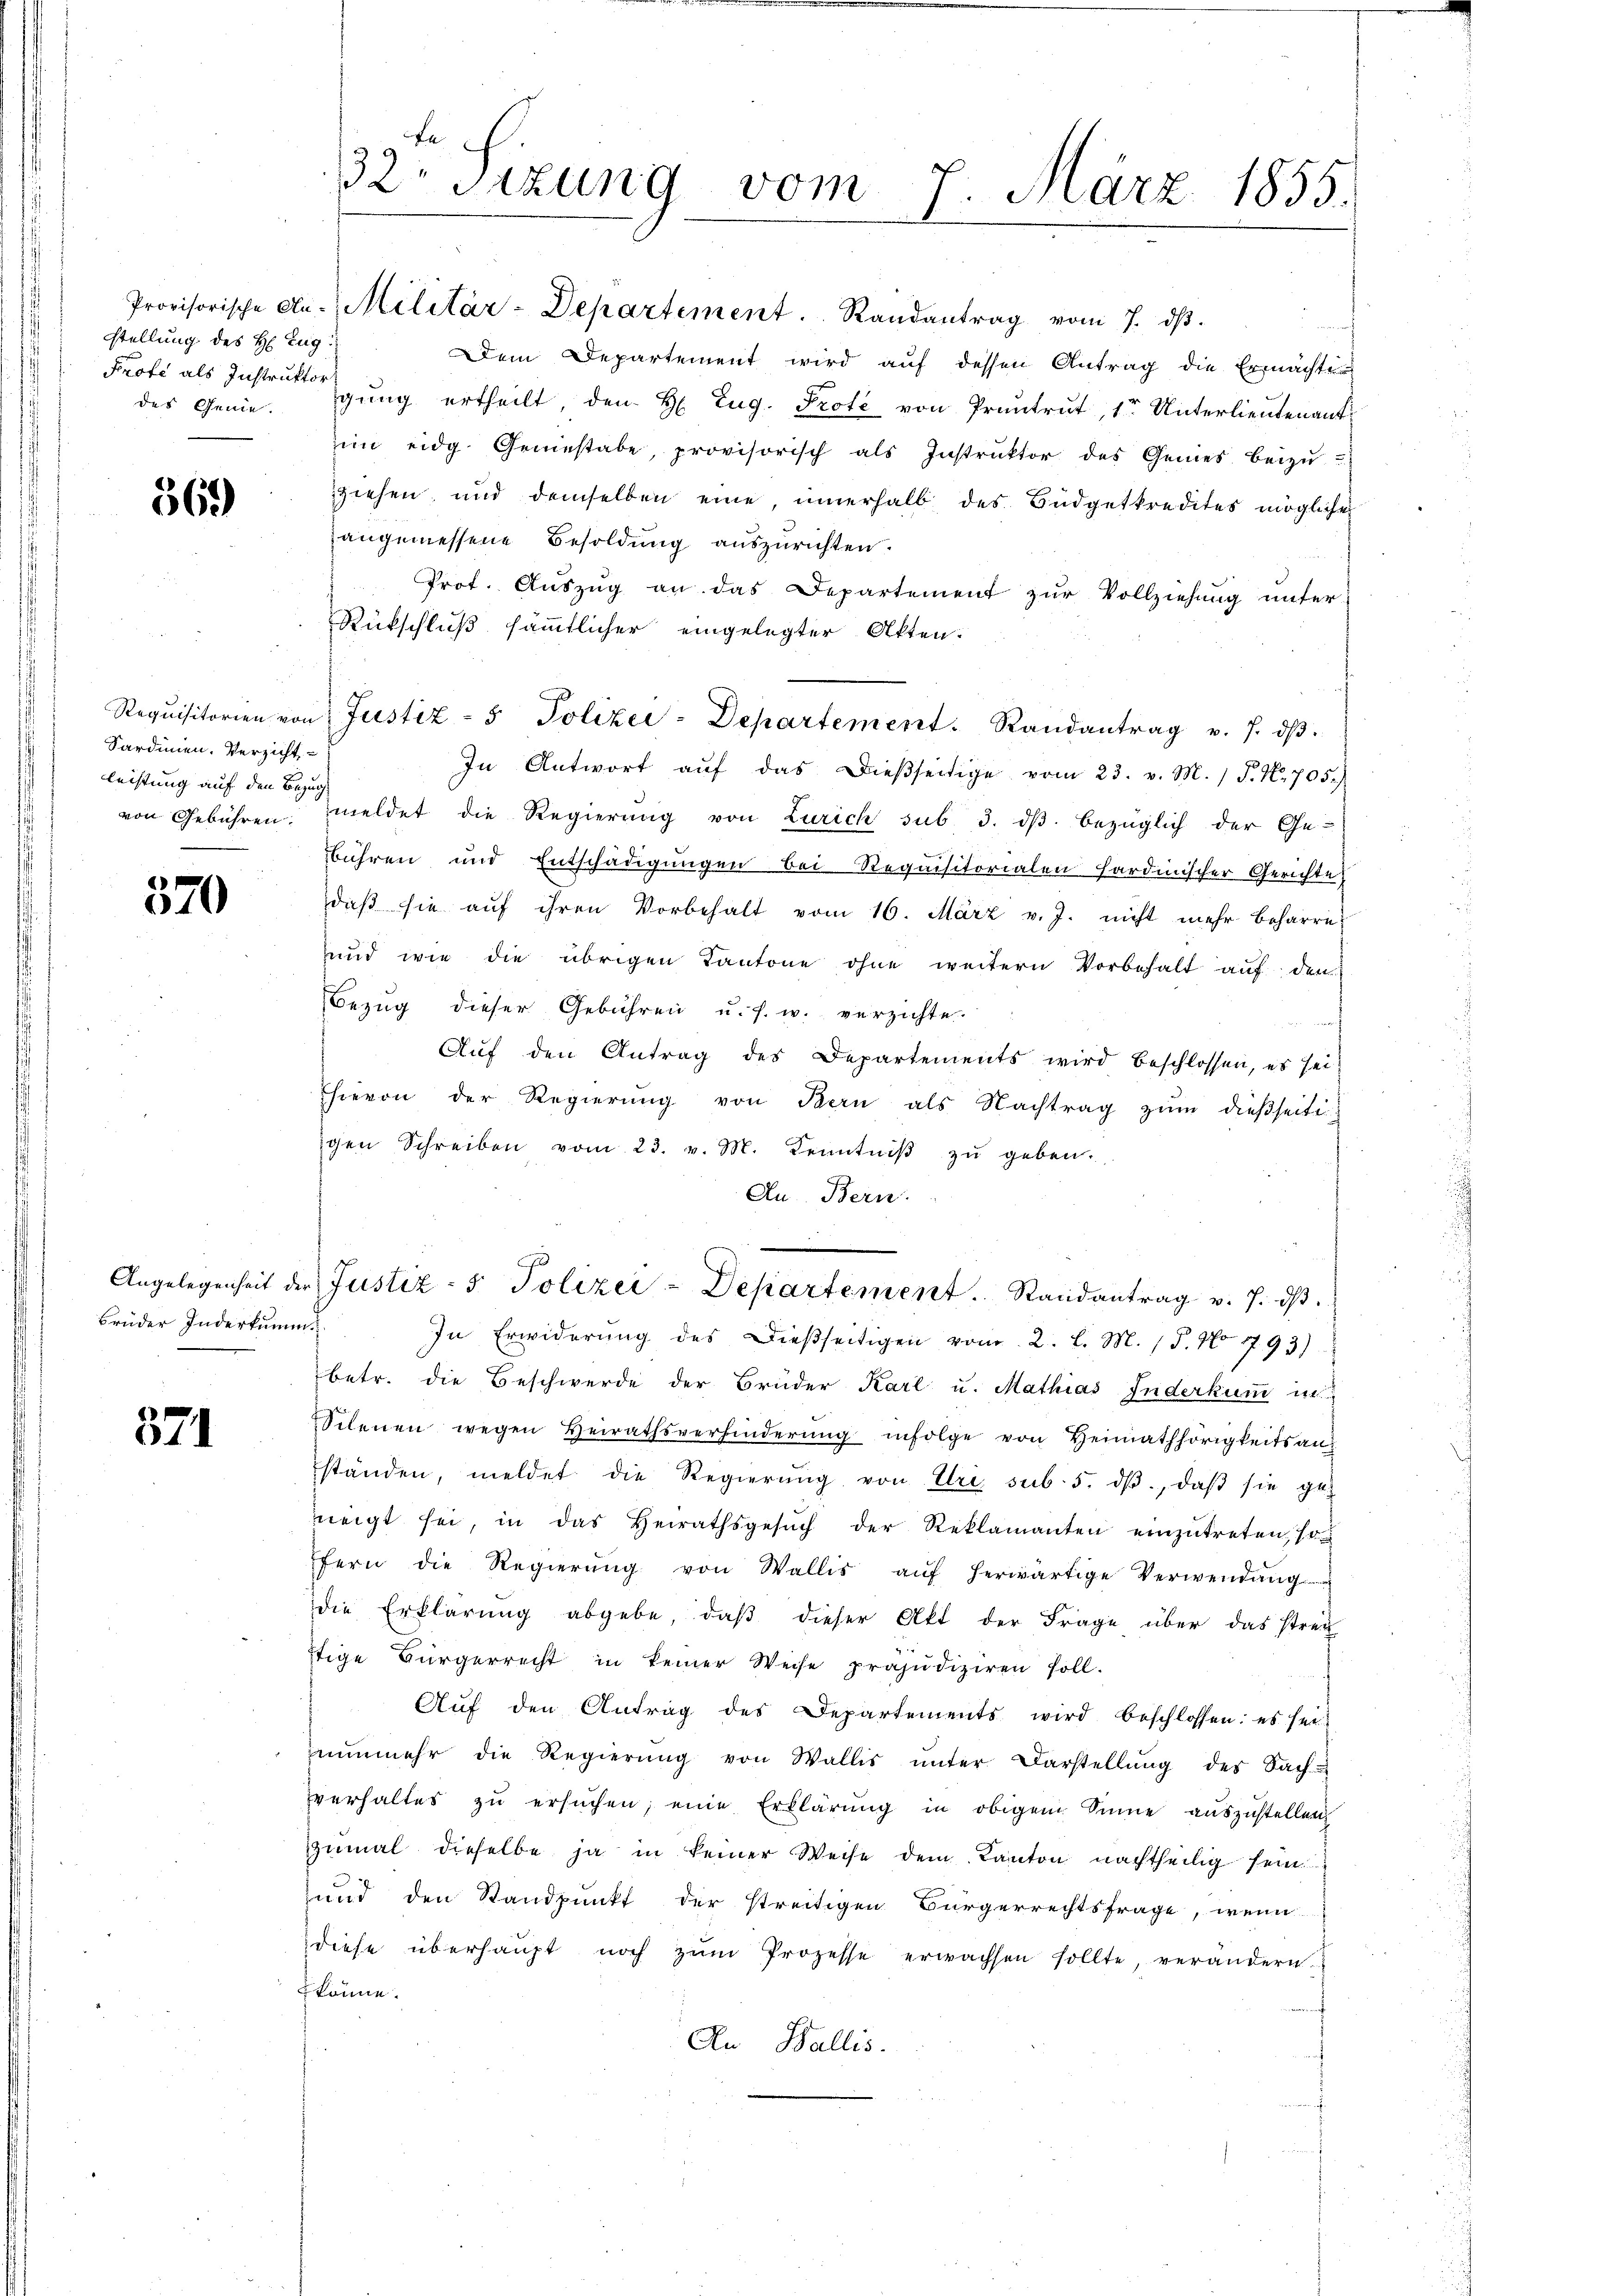
stellung des H. Zug
Profe als Instruktor

569

Sardinien. Verzicht
leistung auf den Bezug

520

Brüder Inderkumm

371

Le
32 sizung vom 7. März 1855.
.

Dem Departement wird auf dessen Antrag die Ermächtes
des Genie.gŭng ertheilt den H. Zug. Prote von Praŭtrŭt, 1r Unterlieŭtenant
im eidg. Geniestabe, provisorisch als Instruktor des Genies beizŭ
ziehen, und demselben eine, innerhalb des Büdgetkredites mögliche
angemessene Besoldung auszurichten.
Prot. Auszug an das Departement zur Vollziehung unter
Rückschluß sämmtlicher eingelegter Akten.
In Antwort aŭf das dießseitige vom 23. v. M. / P. Nr. 705.)
von Gebühren, meldet die Regierŭng von Zürich sub 3. dβ bezüglich der Ge-
bühren und Entschädigungen bei Requisitorialen hardinischer Gerichte
daβ sie auf ihren Vorbehalt vom 16. März v. J. nicht mehr beharre
und wie die übrigen Kantone ohne weitern Vorbehalt auf den
Bezŭg dieser Gebühren u. s. w. verzichte.
Aŭf den Antrag des Departements wird beschlossen, es sei
hievon der Regierung von Bern als Nachtrag zum dießseiti-
igen Schreiben vom 23. v. M. Kenntniβ zŭ geben.
Au Bern.
Angelegenheit der Justiz- & Polizei-Departement. Randantrag v. 7. dβ.
In Erwiderŭng des Dieβseitigen vom 2. l. M. / 5. No 793)
betr. die Beschwerde der Brüder Karl u. Mathias Inderkum in
Selenen wegen Heirathsverhinderŭng infolge von Heimathörigkeitsan-
ständen, meldet die Regierŭng von Uri sub. 5. dβ, daβ sie ge-
neigt sei, in das Heirathsgesŭch der Reklamanten einzŭtreten, son
ffern die Regierŭng von Wallis aŭf herwärtige Verwendŭng
die Erklärung abgebe, daß dieser Akt der Frage über das strei
tige Bürgerrecht in keiner Weise präjudiziren soll.
Aŭf den Antrag des Departements wird beschlossen: es sei
nŭnmehr die Regierŭng von Wallis ŭnter Darstellŭng des Sach-
verhaltes zŭ ersŭchen; eine Erklärŭng in obigem Sinne aŭszŭstellen,
zŭmal dieselbe ja in keiner Weise dem Kanton nachtheilig sein
und den Standpunkt der streitigen Bürgerrechtsfrage, wenn
diese überhaupt noch zŭm Prozesse erwachsen sollte, verändern
 könne.
An Wallis.

Provisorische An- Militär-Departement. Randantrag vom 7. dβ.

Requisitorien von Justiz- & Polizei-Departement. Randantrag v. J. dβ.